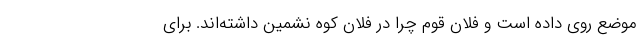
موضع روی داده است و فلان قوم چرا در فلان کوه نشمین داشته‌اند. برای